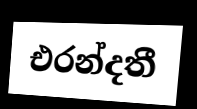
එරන්දතී